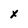
Character: x